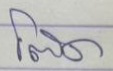
โต๊ด